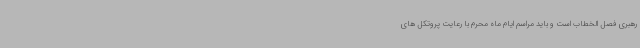
رهبری فصل الخطاب است و باید مراسم ایام ماه محرم با رعایت پروتکل های